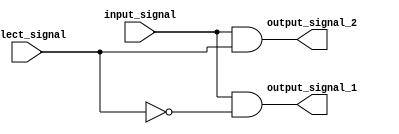
module demultiplexer (
    input input_signal,
    input select_signal,
    output output_signal_1,
    output output_signal_2
);

assign output_signal_1 = (input_signal & ~select_signal);
assign output_signal_2 = (input_signal & select_signal);

endmodule